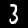
Digit: 3